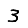
Digit: 3